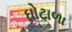
ઘોટાળા